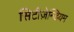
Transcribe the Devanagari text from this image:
सिटीज़ेन्डियम